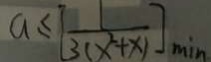
a \leq [ \frac { 1 } { 3 ( x ^ { 2 } + x ) } ] _ { m _ { i n } }